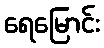
ရေမြောင်း